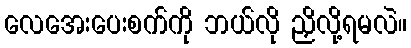
လေအေးပေးစက်ကို ဘယ်လို ညှိလို့ရမလဲ။